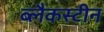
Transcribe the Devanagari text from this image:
ब्लैकस्टीन